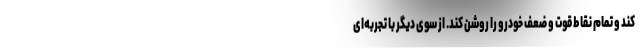
کند و تمام نقاط قوت و ضعف خودرو را روشن کند. از سوی دیگر با تجربه‌ای